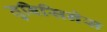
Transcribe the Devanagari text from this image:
तुबिसिनेस